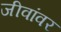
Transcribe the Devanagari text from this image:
जीवांवर